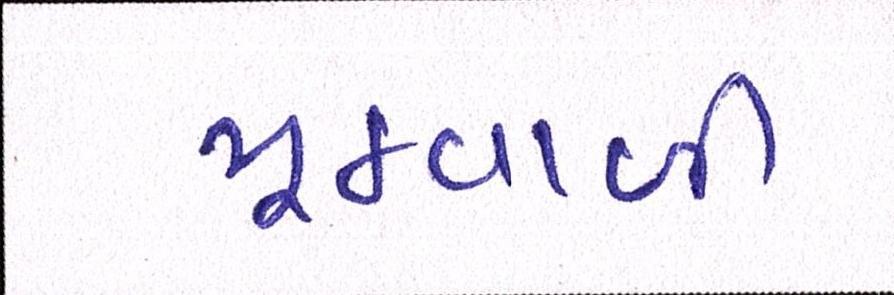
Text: મૂઠવાળી